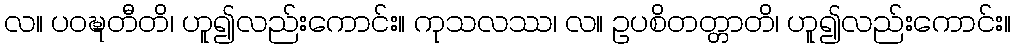
လ။ ပဝဍ္ဎတီတိ၊ ဟူ၍လည်းကောင်း။ ကုသလဿ၊ လ။ ဥပစိတတ္တာတိ၊ ဟူ၍လည်းကောင်း။